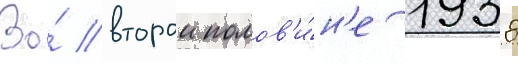
Во́ второи полов'и́н'е 1938